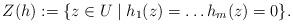
LaTeX: \begin{align*}Z(h) := \{ z \in U \mid h_1(z) =\ldots h_m(z) = 0 \}.\end{align*}